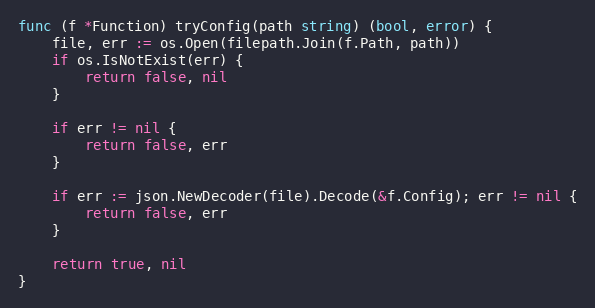
Language: Go
func (f *Function) tryConfig(path string) (bool, error) {
	file, err := os.Open(filepath.Join(f.Path, path))
	if os.IsNotExist(err) {
		return false, nil
	}

	if err != nil {
		return false, err
	}

	if err := json.NewDecoder(file).Decode(&f.Config); err != nil {
		return false, err
	}

	return true, nil
}